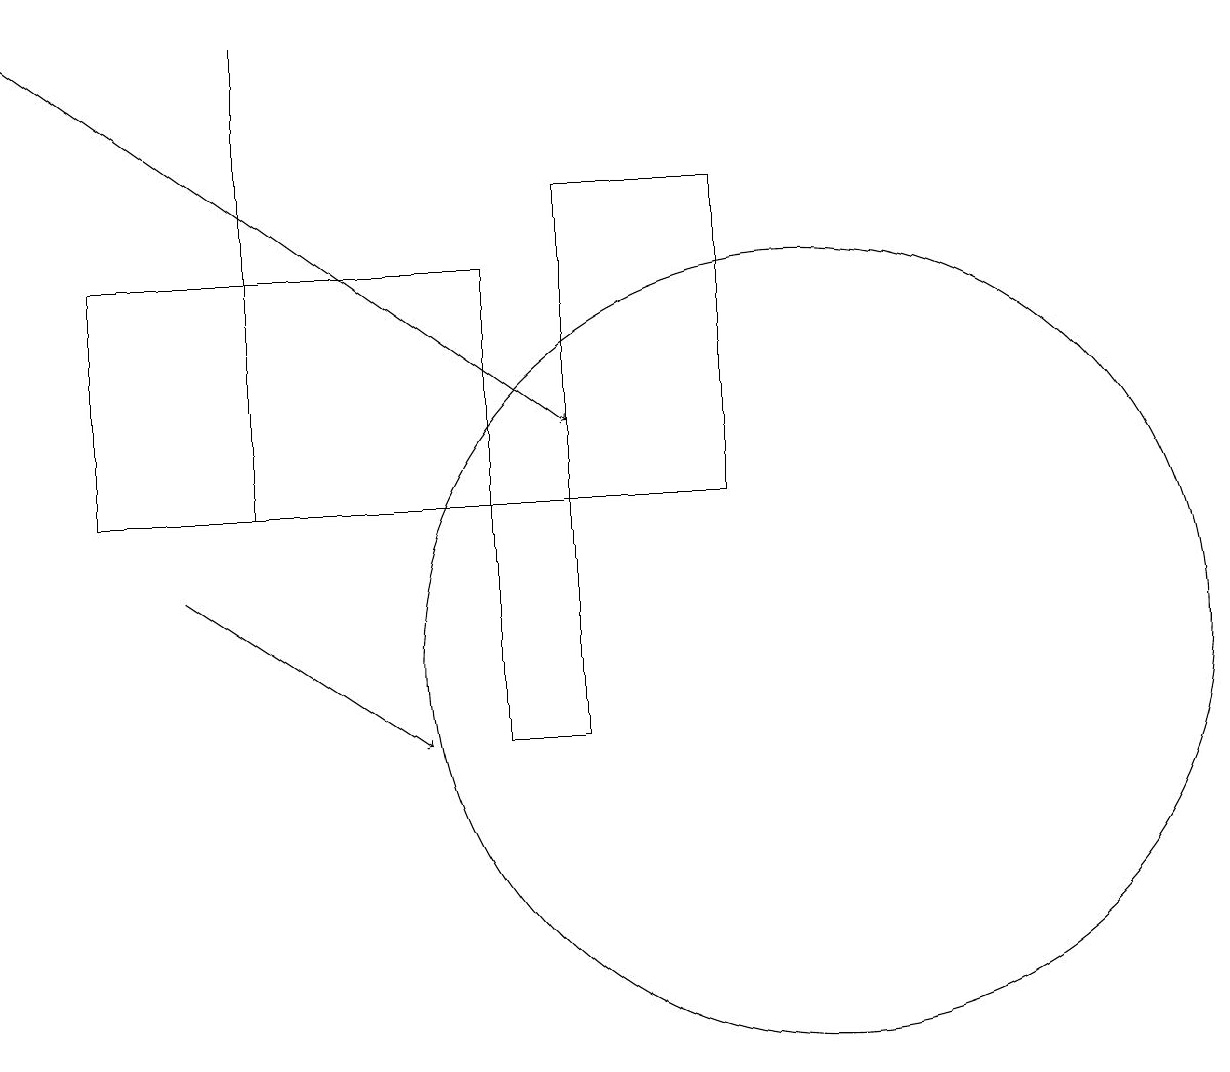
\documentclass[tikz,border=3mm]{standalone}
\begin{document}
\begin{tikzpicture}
\draw (3,13) rectangle (3,19);
\draw[->] (2,12) -- (5,10);
\draw (7,13) rectangle (9,17);
\draw (10,11) circle (5);
\draw (6,16) rectangle (1,13);
\draw (6,13) rectangle (7,10);
\draw[->] (0,19) -- (7,14);
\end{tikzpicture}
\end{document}